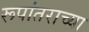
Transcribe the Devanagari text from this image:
रूपांतराच्या